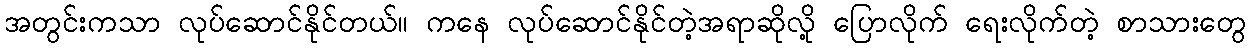
အတွင်းကသာ လုပ်ဆောင်နိုင်တယ်။ ကနေ လုပ်ဆောင်နိုင်တဲ့အရာဆိုလို့ ပြောလိုက် ရေးလိုက်တဲ့ စာသားတွေ